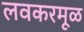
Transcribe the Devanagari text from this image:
लवकरमूळ